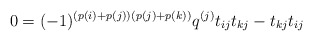
\begin{align*}0 =(-1)^{(p(i)+p(j))(p(j)+p(k))}q^{(j)}t_{ij}t_{kj} - t_{kj}t_{ij}\end{align*}